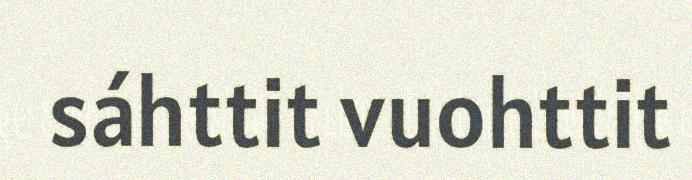
sáhttit vuohttit